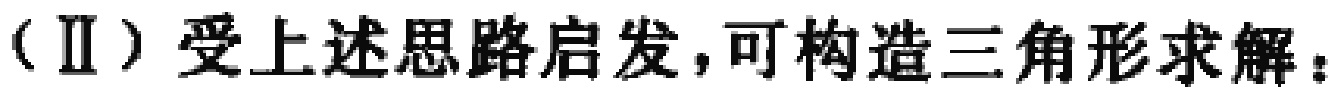
（Ⅱ）受上述思路启发，可构造三角形求解：